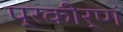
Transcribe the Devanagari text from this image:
प्रकीर्णं